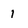
Character: 1